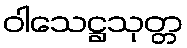
ဝါသေဋ္ဌသုတ္တ